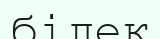
білек